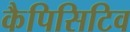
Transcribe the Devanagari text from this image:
कैपिसिटिव